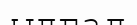
ылғал